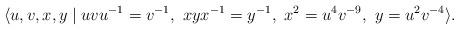
LaTeX: \begin{align*}\langle{u,v,x,y}\mid{uvu^{-1}=v^{-1},~xyx^{-1}=y^{-1}},~x^2=u^4v^{-9},~y=u^2v^{-4}\rangle.\end{align*}